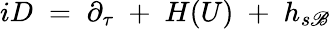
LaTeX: iD\; =\; \partial_{\tau}\; +\; H(U)\; +\; h_{s\mathscr{B}}